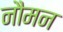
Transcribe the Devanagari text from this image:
नौमन